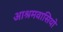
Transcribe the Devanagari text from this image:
आश्रमवासियो